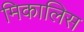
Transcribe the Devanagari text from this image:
मिकालिस